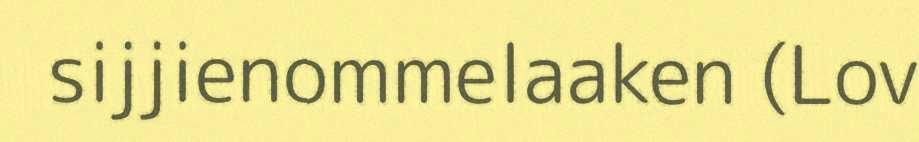
sijjienommelaaken (Lov